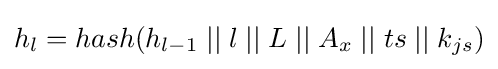
h_{l}=hash(h_{l-1}\;||\;l\;||\;L\;||\;A_{x}\;||\;ts\;||\;k_{js})